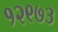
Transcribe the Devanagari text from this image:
१२९७३